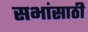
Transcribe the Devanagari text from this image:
सभांसाठी